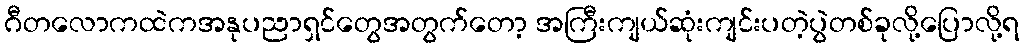
ဂီတလောကထဲကအနုပညာရှင်တွေအတွက်တော့ အကြီးကျယ်ဆုံးကျင်းပတဲ့ပွဲတစ်ခုလို့ပြောလို့ရ